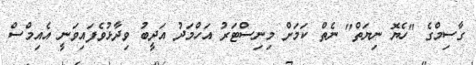
ގާސިމްގެ "ހެޔޮ ނިޔަތް" ނެތް ކަމަށް މިނިސްޓަރު އަހްމަދު އަދީބު ވިދާޅުވެފައިވަނީ އެއިމްސް